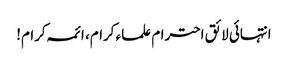
انتہائی لائق احترام علماء کرام، ائمہ کرام!